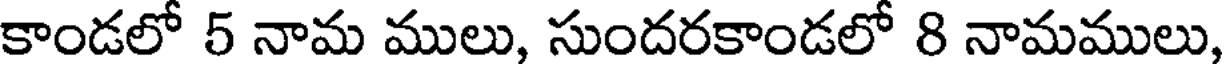
కాండలో 5 నామ ములు, సుందరకాండలో 8 నామములు,